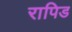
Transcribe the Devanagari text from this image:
रापिड